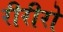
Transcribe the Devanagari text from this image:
रीरीरो